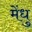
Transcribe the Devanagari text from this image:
मेंधु